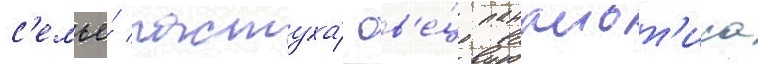
с'емье́ пастуха́ ов'е́ц панаиот'иса